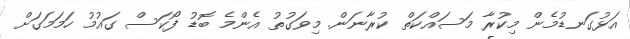
އަޅުގަނޑުމެން މިކުރާ މަސައްކަތް ކުރާނަން. މިވަގުތު އެންމެ ބޮޑު ފޯކަސް ގައުމު ހަމަމަގަށް